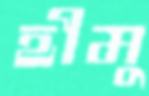
হীমু